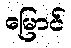
မြောင်